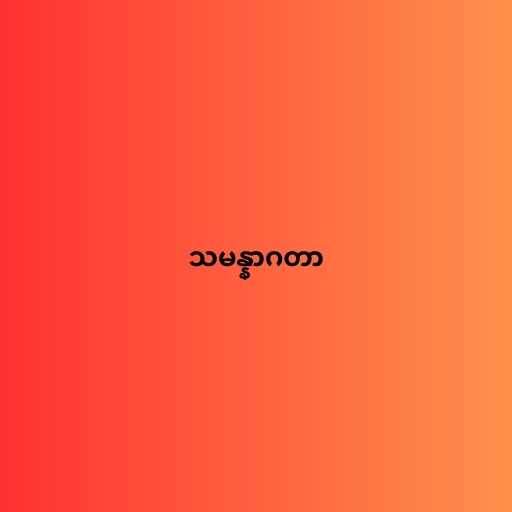
သမန္နာဂတာ